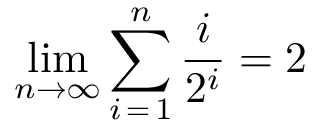
\operatorname* { l i m } _ { n \to \infty } \sum _ { i \mathop { = } 1 } ^ { n } { \frac { i } { 2 ^ { i } } } = 2